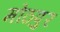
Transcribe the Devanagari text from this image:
मोठपुर